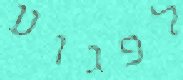
לפגוע